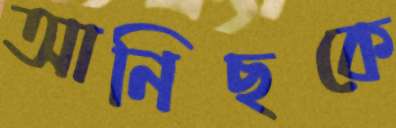
আনিছকে